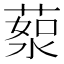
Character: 𦷸